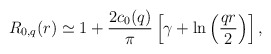
\begin{align*}R_{0,q}(r) \simeq 1 +{2c_0(q)\over\pi}\left[\gamma + \ln\left({q r\over 2}\right)\right],\end{align*}